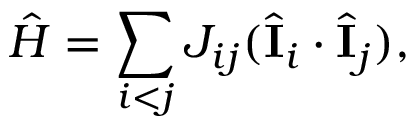
\hat { H } = \sum _ { i < j } J _ { i j } ( \hat { \mathbf { I } } _ { i } \cdot \hat { \mathbf { I } } _ { j } ) ,